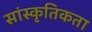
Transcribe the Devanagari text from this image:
सांस्कृतिकता